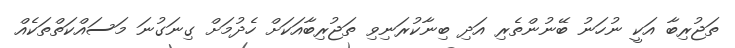
ތަޖުރިބާ އަކީ ނުހަނު ބޭނުންތެރި އަދި ބިނާކުރަނިވި ތަޖުރިބާއަކަށް ހެދުމަށް ގިނަގުނަ މަސައްކަތްތަކެއް